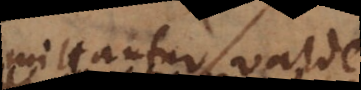
admittantur, valde